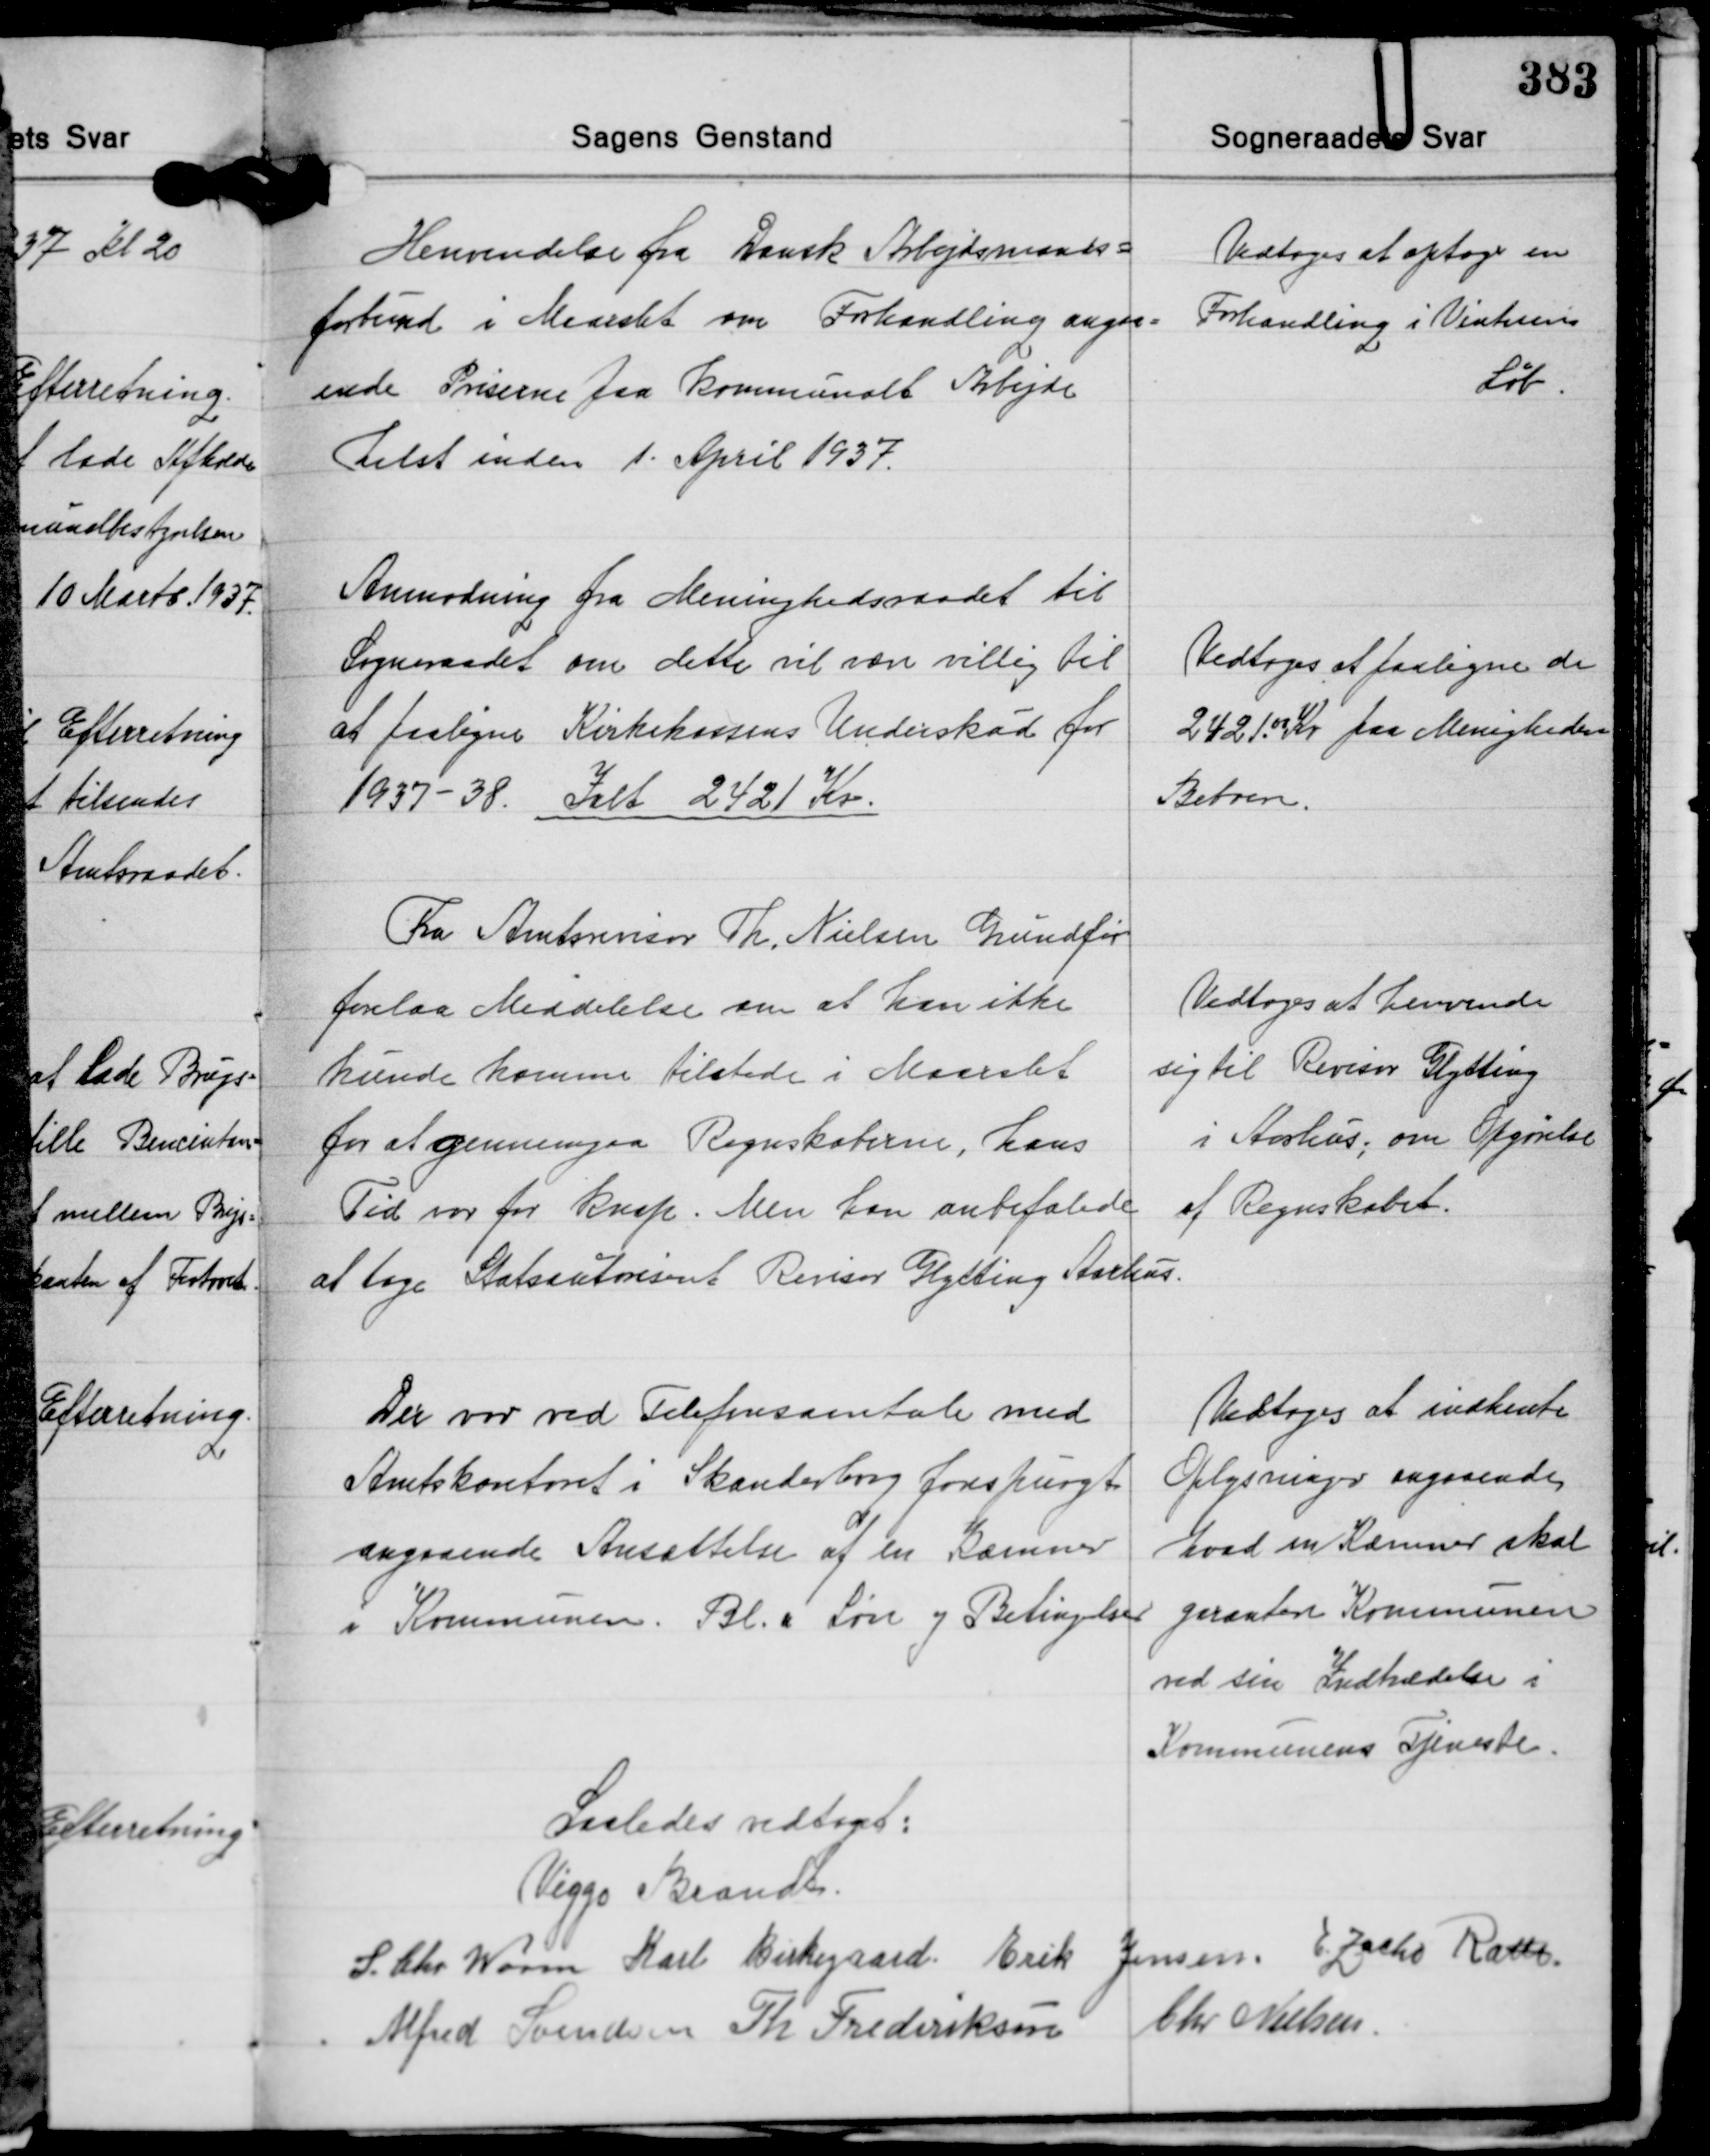
Transskription:
Henvendelse fra Dansk Arbejdsmands-
forbund i Maarslet om Forhandling angaa-
ende Priserne paa Kommunalt Arbejde
helst inden 1. April 1937.

Vedtoges at optage en
Forhandling i Vinterens
løb.

Anmodning fra Meninghedsraadet til
Sogneraadet om dette vil være villig til
at paaligne Kirkekassens Underskud for
1937-38. Ialt 2421 Kr.

Vedtoges at paaligne de
242100 Kr. paa Menighedens
Beboere.

Fra Amtsrevisor Th. Nielsen Grundfør
forelaa Meddelelse om at han ikke
kunde komme tilstede i Maarslet
for at gennemgaa Regnskaberne, hans
Tid var for Knap. Men han anbefalede
at tage Statsautoriseret Revisor Glytting Aarhus.

Vedtoges at henvende
sig til Revisor Glytting
i Aarhus, om Opgørelse
af Regnskabet.

Der var ved Telefonsamtale med
Amtskontoret i Skanderborg forespurgt
angaaende Ansættelse af en Kæmner
i Kommunen. Bl. a. Løn og Betingelser

Vedtoges at indhente
Oplysninger angaaende
hvad en Kæmmer skal
garantere Kommunen
ved sin Indtædelse i
Kommunens Tjeneste.

Saaledes vedtaget:
Viggo Brandt
S. Chr. Worm Karl Birkegaard Erik Jensen E. Zacho Rath
Alfred Svendsen Th. Frederiksen Chr. Nielsen